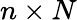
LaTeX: n\times N